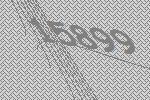
15899